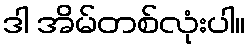
ဒါ အိမ်တစ်လုံးပါ။